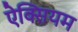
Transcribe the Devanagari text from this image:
ऐक्सियम